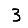
Digit: 3